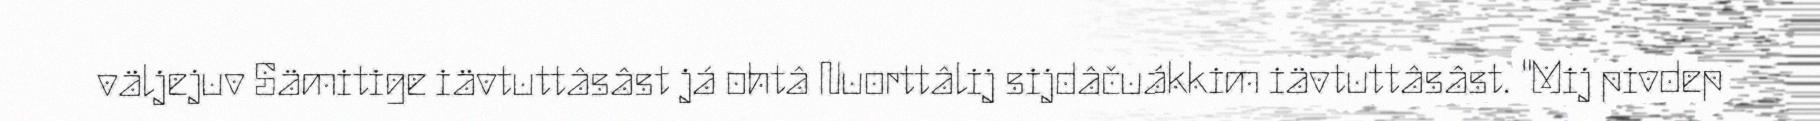
väljejuv Sämitige iävtuttâsâst já ohtâ Nuorttâlij sijdâčuákkim iävtuttâsâst. "Mij pivdep